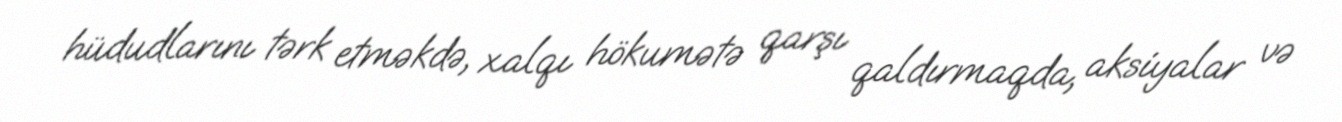
hüdudlarını tərk etməkdə, xalqı hökumətə qarşı qaldırmaqda, aksiyalar və